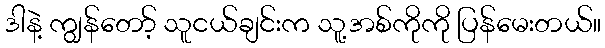
ဒါနဲ့ ကျွန်တော့် သူငယ်ချင်းက သူ့အစ်ကိုကို ပြန်မေးတယ်။